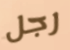
رجل